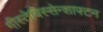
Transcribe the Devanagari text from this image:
गीस्तेविस्सेन्शाफ्टन